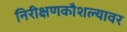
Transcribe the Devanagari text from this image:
निरीक्षणकौशल्यावर